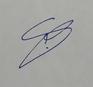
Signature authenticity: genuine